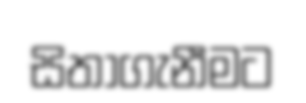
සිතාගැනීමට